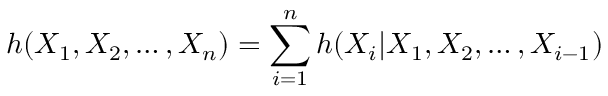
h ( X _ { 1 } , X _ { 2 } , \ldots , X _ { n } ) = \sum _ { i = 1 } ^ { n } h ( X _ { i } | X _ { 1 } , X _ { 2 } , \ldots , X _ { i - 1 } )